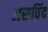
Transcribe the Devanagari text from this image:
असविंद